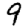
Digit: 9